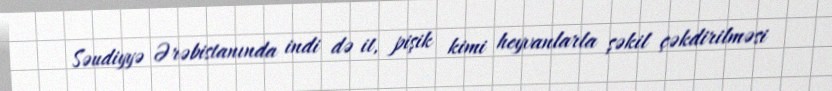
Səudiyyə Ərəbistanında indi də it, pişik kimi heyvanlarla şəkil çəkdirilməsi